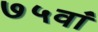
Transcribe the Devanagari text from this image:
७५वां